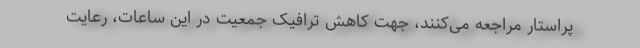
پراستار مراجعه می‌کنند، جهت کاهش ترافیک جمعیت در این ساعات، رعایت